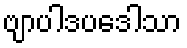
ဗျာပါဒပဒေါသာ